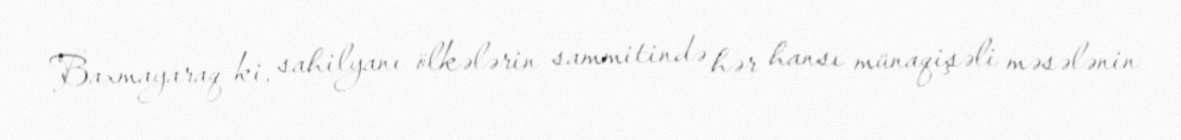
Baxmayaraq ki, sahilyanı ölkələrin sammitində hər hansı münaqişəli məsələnin